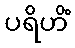
ပရိဟိံ